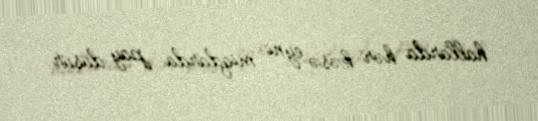
hallarda hər kəsə eyni miqdarda pay düşür.